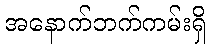
အနောက်ဘက်ကမ်းရှိ